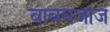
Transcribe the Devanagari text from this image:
बाबबजाज